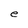
Character: e